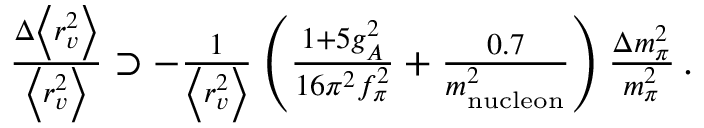
\begin{array} { r } { \frac { \Delta \left< r _ { v } ^ { 2 } \right> } { \left< r _ { v } ^ { 2 } \right> } \supset - \frac { 1 } { \left< r _ { v } ^ { 2 } \right> } \left( \frac { 1 + 5 g _ { A } ^ { 2 } } { 1 6 \pi ^ { 2 } f _ { \pi } ^ { 2 } } + \frac { 0 . 7 } { m _ { \mathrm { n u c l e o n } } ^ { 2 } } \right) \frac { \Delta m _ { \pi } ^ { 2 } } { m _ { \pi } ^ { 2 } } \, . } \end{array}